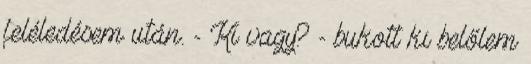
feléledésem után. - Ki vagy? - bukott ki belőlem